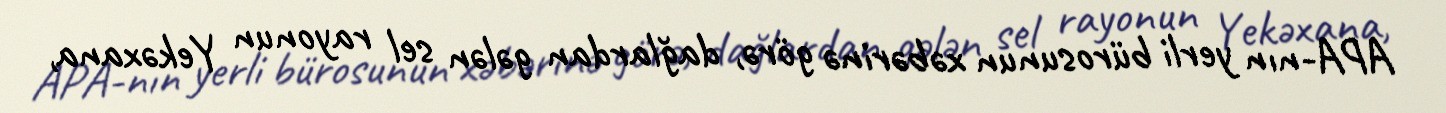
APA-nın yerli bürosunun xəbərinə görə, dağlardan gələn sel rayonun Yekəxana,